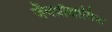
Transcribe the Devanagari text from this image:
जैवप्रौद्योगिक